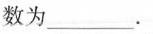
数为___.